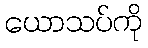
ယောသပ်ကို